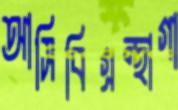
আসিবিগ্রন্থাগা